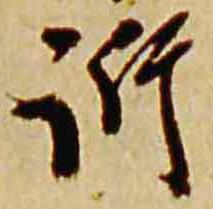
訴